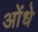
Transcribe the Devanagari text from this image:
ओंधे